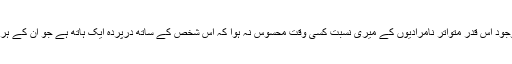
’’افسوس کہ میرے مخالفوں کو باوجود اس قدر متواتر نامرادیوں کے میری نسبت کسی وقت محسوس نہ ہوا کہ اس شخص کے ساتھ درپردہ ایک ہاتھ ہے جو ان کے ہر ایک حملے سے اس کو بچاتا ہے۔